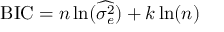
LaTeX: \mathrm { B I C } = n \ln ( { \widehat { \sigma _ { e } ^ { 2 } } } ) + k \ln ( n )